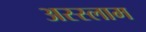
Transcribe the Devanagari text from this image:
अस्‍स्‍लाम